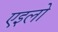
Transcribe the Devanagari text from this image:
एइलो